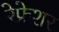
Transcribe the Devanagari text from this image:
रेफ्रेशर